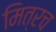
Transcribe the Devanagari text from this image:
मित्रच